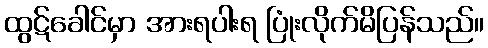
ထွဋ်ခေါင်မှာ အားရပါးရ ပြုံးလိုက်မိပြန်သည်။